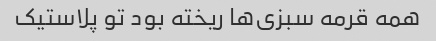
همه قرمه سبزی‌ها ریخته بود تو پلاستیک